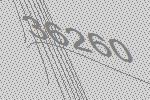
36260